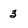
Character: 3